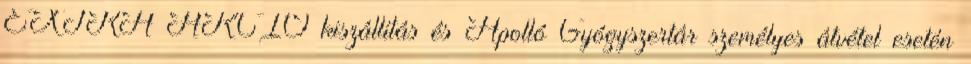
EXTRA AKCIÓ kiszállítás és Apolló Gyógyszertár személyes átvétel esetén